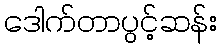
ဒေါက်တာပွင့်ဆန်း